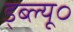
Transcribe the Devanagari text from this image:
ड्ब्ल्यू०